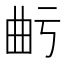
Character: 𭨙